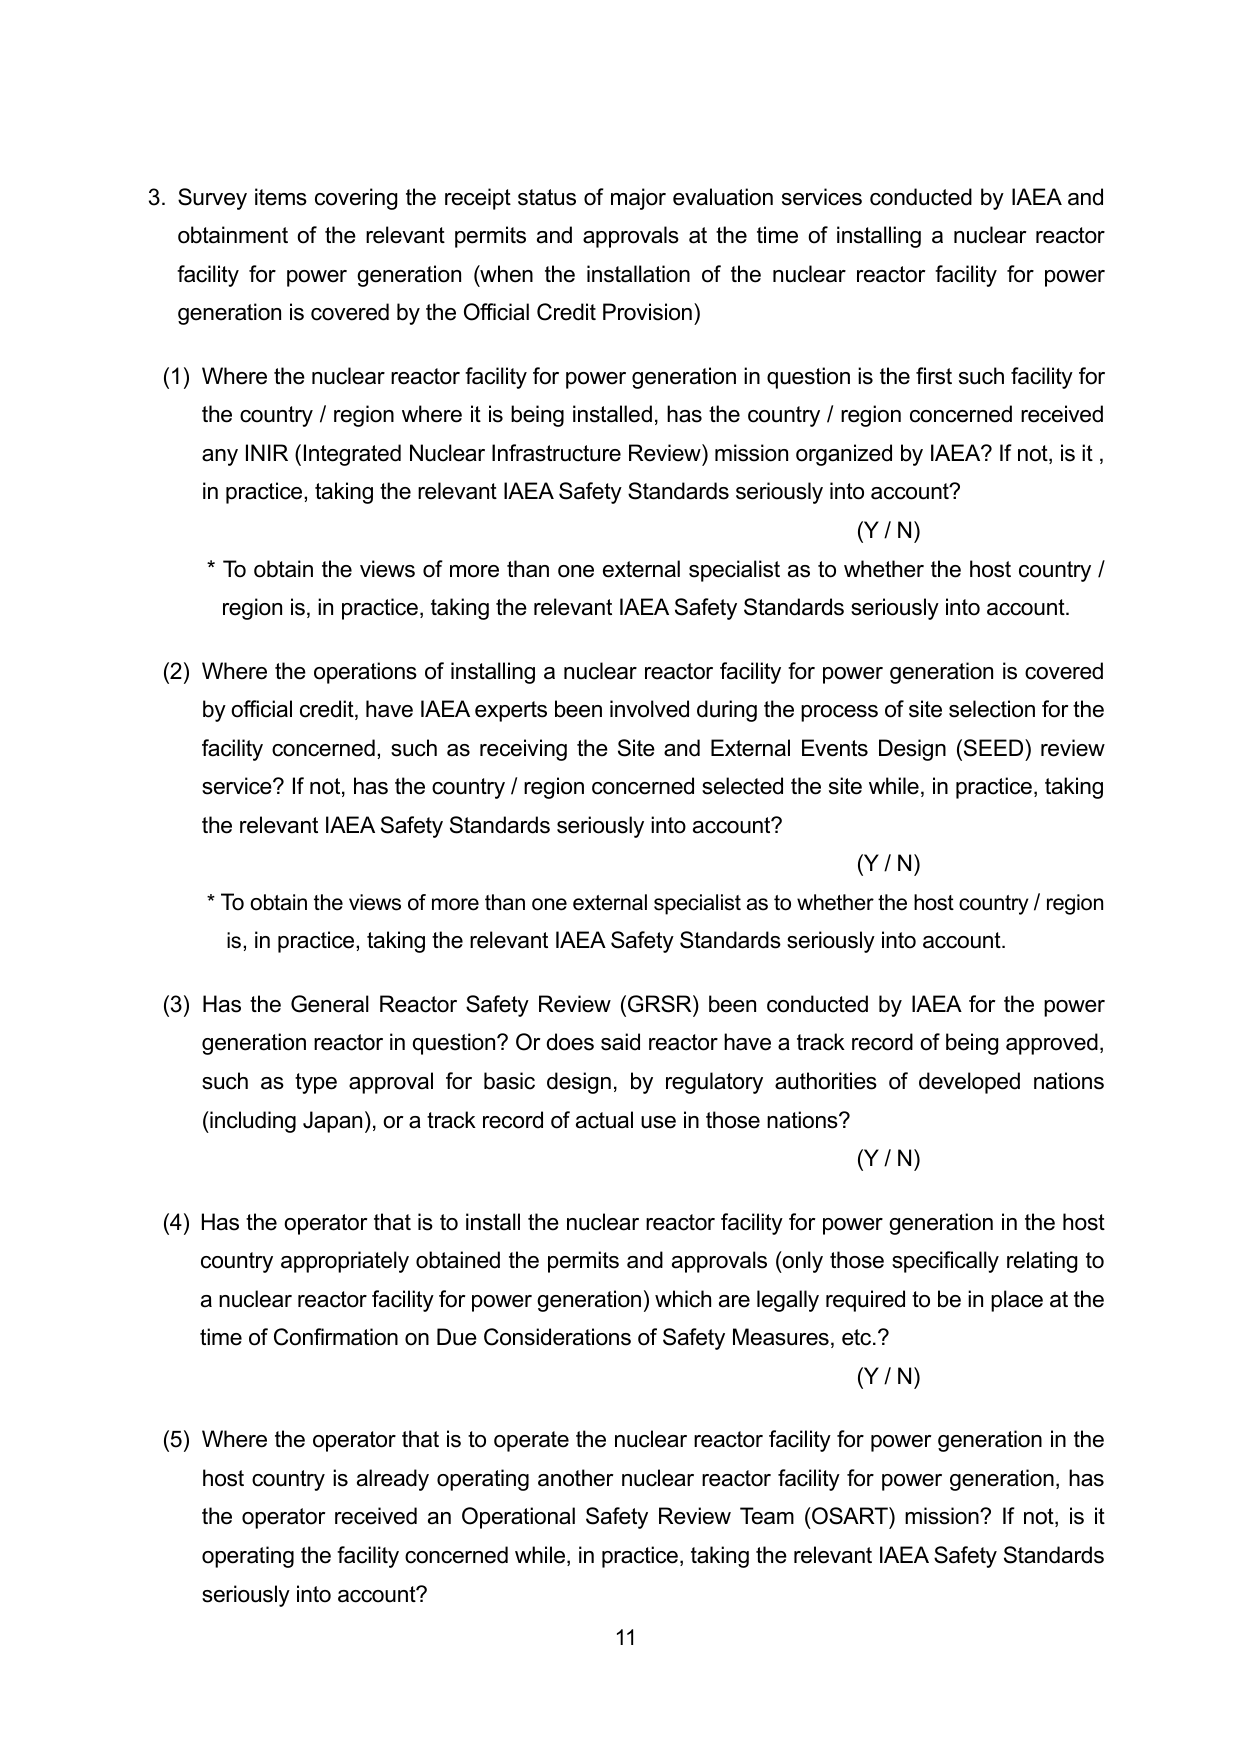
3. Survey items covering the receipt status of major evaluation services conducted by IAEA and obtainment of the relevant permits and approvals at the time of installing a nuclear reactor facility for power generation (when the installation of the nuclear reactor facility for power generation is covered by the Official Credit Provision)

(1) Where the nuclear reactor facility for power generation in question is the first such facility for the country / region where it is being installed, has the country / region concerned received any INIR (Integrated Nuclear Infrastructure Review) mission organized by IAEA? If not, is it, in practice, taking the relevant IAEA Safety Standards seriously into account?
(Y / N)
* To obtain the views of more than one external specialist as to whether the host country / region is, in practice, taking the relevant IAEA Safety Standards seriously into account.

(2) Where the operations of installing a nuclear reactor facility for power generation is covered by official credit, have IAEA experts been involved during the process of site selection for the facility concerned, such as receiving the Site and External Events Design (SEED) review service? If not, has the country / region concerned selected the site while, in practice, taking the relevant IAEA Safety Standards seriously into account?
(Y / N)
* To obtain the views of more than one external specialist as to whether the host country / region is, in practice, taking the relevant IAEA Safety Standards seriously into account.

(3) Has the General Reactor Safety Review (GRSR) been conducted by IAEA for the power generation reactor in question? Or does said reactor have a track record of being approved, such as type approval for basic design, by regulatory authorities of developed nations (including Japan), or a track record of actual use in those nations?
(Y / N)

(4) Has the operator that is to install the nuclear reactor facility for power generation in the host country appropriately obtained the permits and approvals (only those specifically relating to a nuclear reactor facility for power generation) which are legally required to be in place at the time of Confirmation on Due Considerations of Safety Measures, etc.?
(Y / N)

(5) Where the operator that is to operate the nuclear reactor facility for power generation in the host country is already operating another nuclear reactor facility for power generation, has the operator received an Operational Safety Review Team (OSART) mission? If not, is it operating the facility concerned while, in practice, taking the relevant IAEA Safety Standards seriously into account?

11